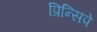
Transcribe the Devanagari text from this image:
प्रिन्सिपे